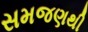
સમજણથી